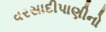
વરસાદીપાણીનો